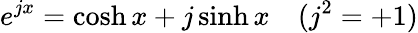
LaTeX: e^{jx}=\cosh x+j\sinh x\quad(j^{2}=+1)